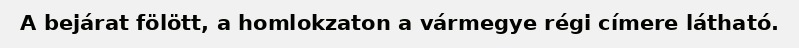
A bejárat fölött, a homlokzaton a vármegye régi címere látható.